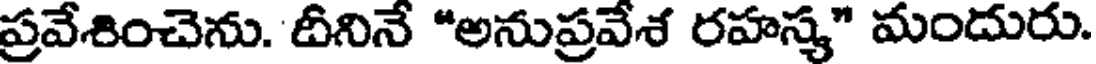
ప్రవేశించెను. దీనినే "అనుప్రవేశ రహస్య" మందురు.